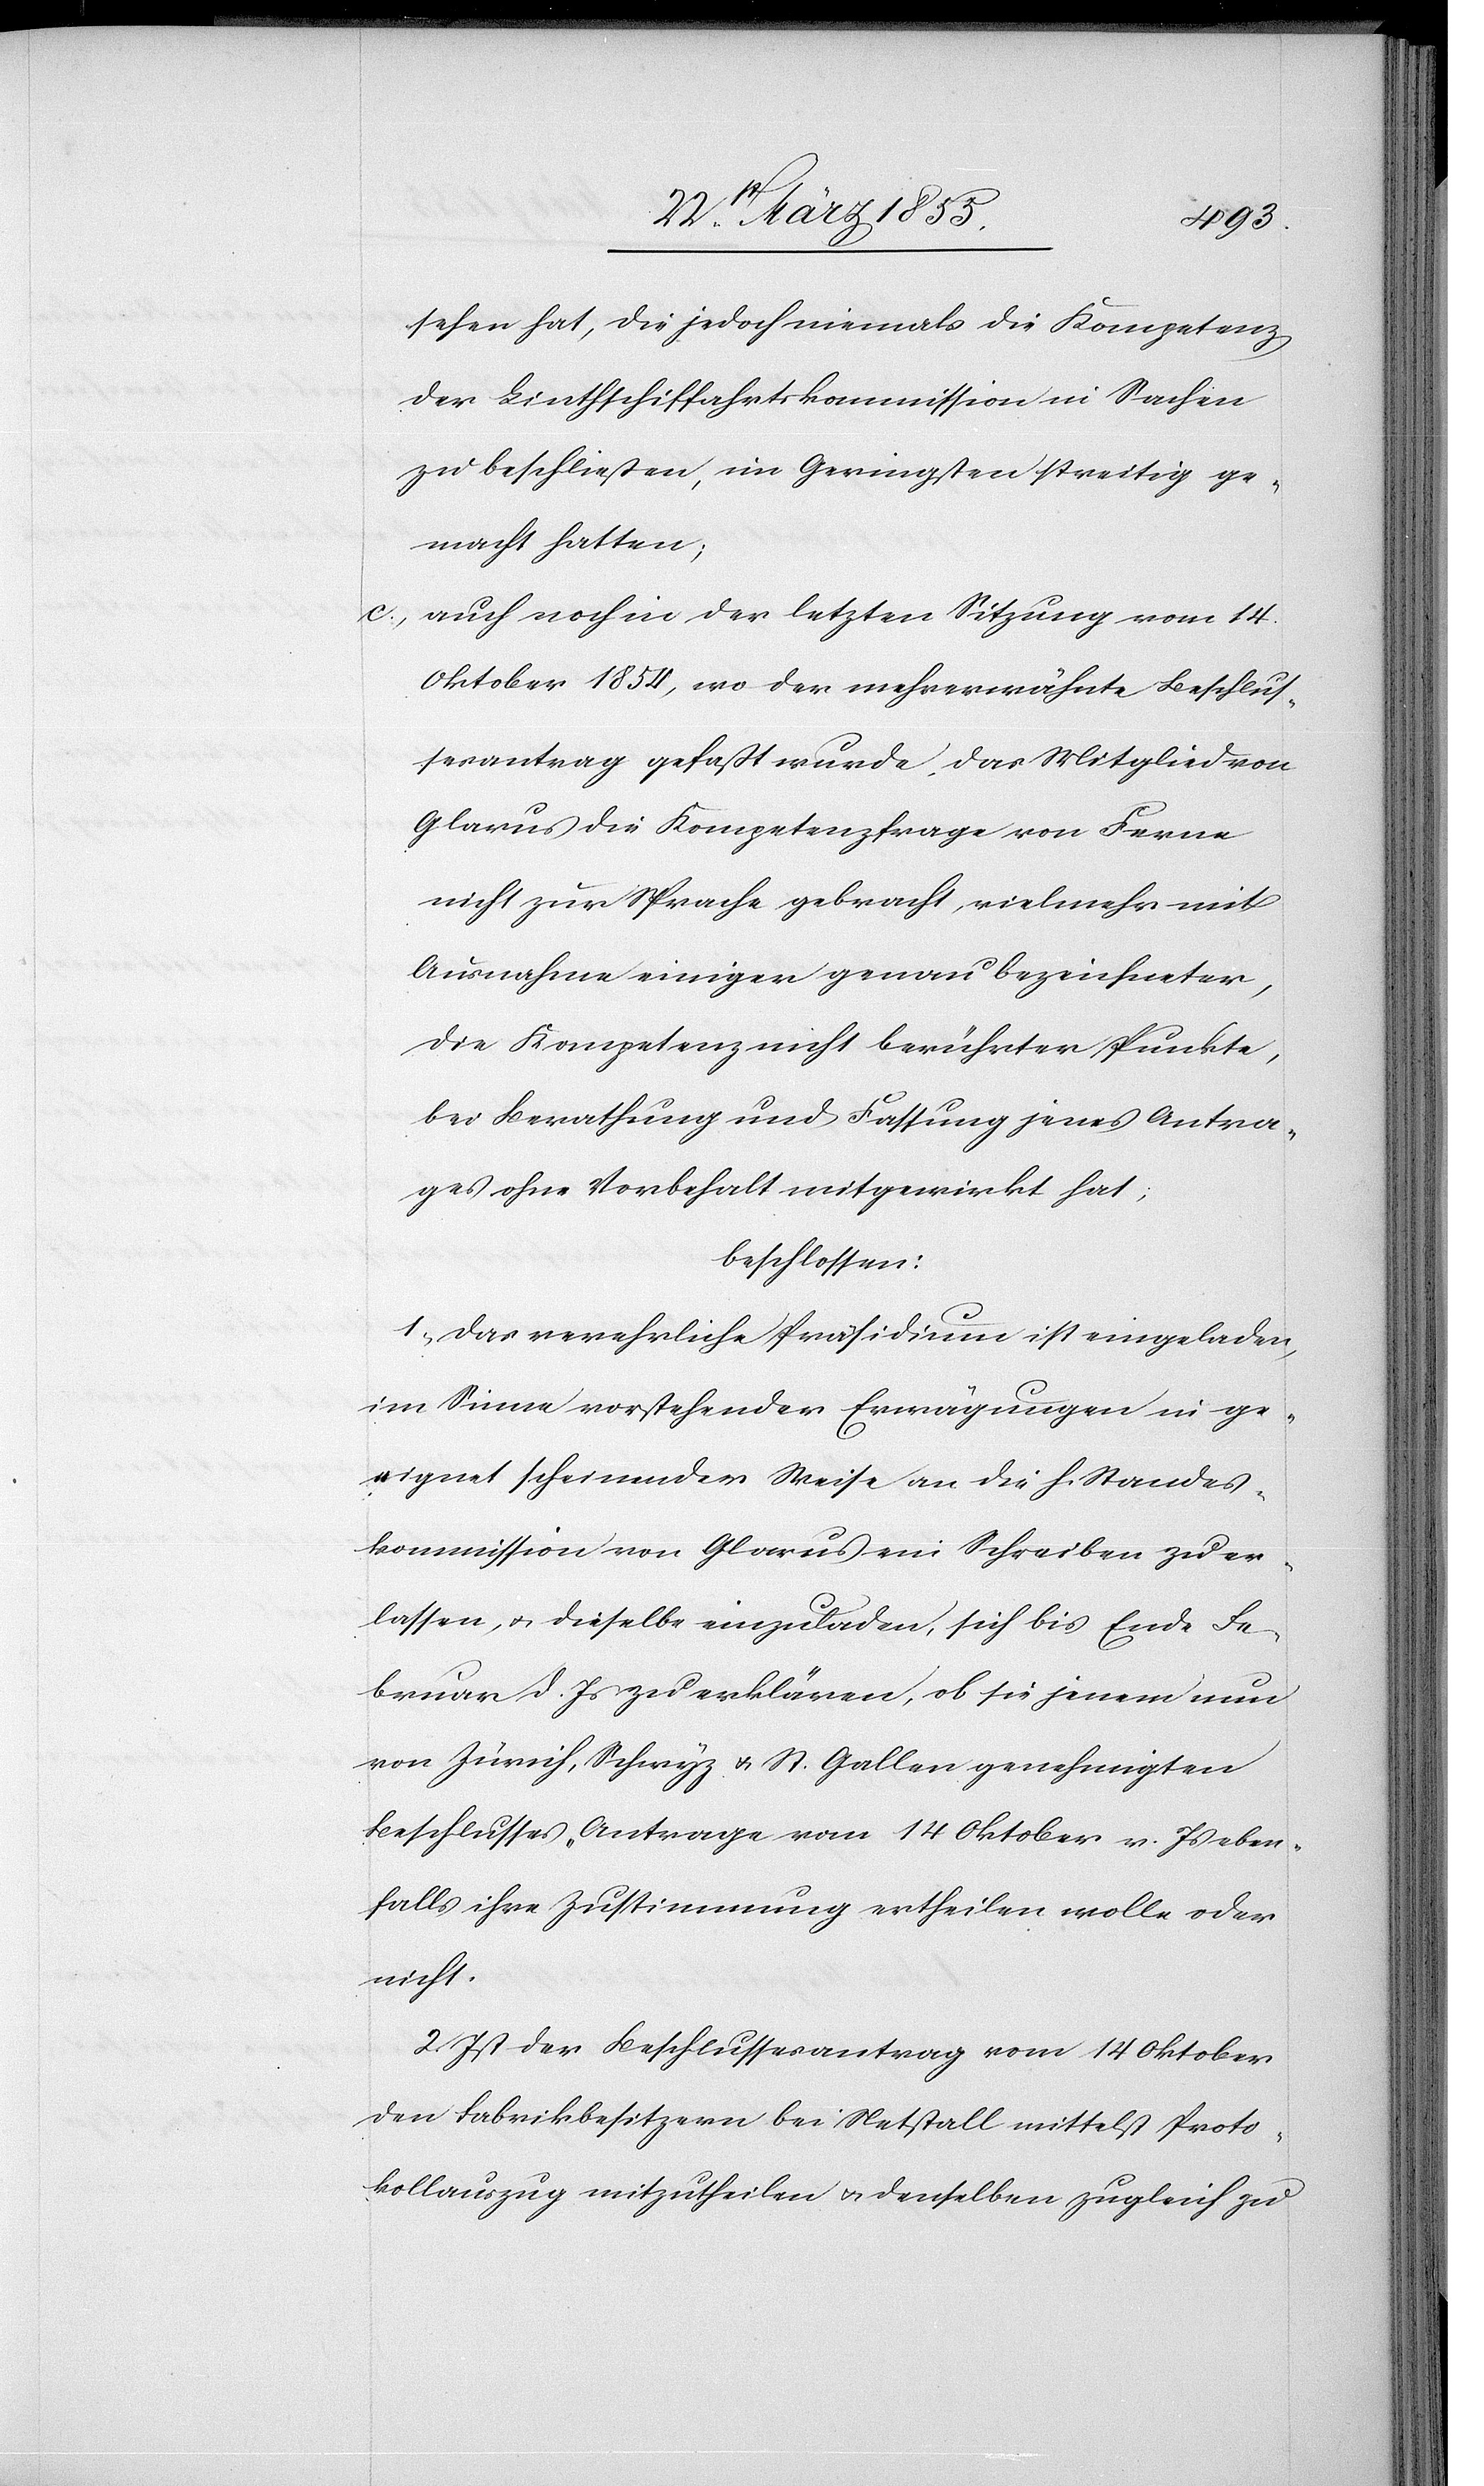
sehen hat, die jedoch niemals die Kompetenz
der Linthschiffahrtskommission in Sachen
zu beschließen, im Geringsten streitig ge¬
macht hatten;
auch noch in der letzten Sitzung vom 14.
Oktober 1854, wo der mehrerwähnte Beschlus¬
sesantrag gefaßt wurde, das Mitglied von
Glarus die Kompetenzfrage von Ferne
nicht zur Sprache gebracht, vielmehr mit
Ausnahme einiger genau bezeichneter,
die Kompetenz nicht berührter Punkte,
bei Berathung und Fassung jenes Antra¬
ges ohne Vorbehalt mitgewirkt hat,
beschlossen:
1, Das verehrliche Präsidium ist eingeladen,
im Sinne vorstehender Erwägungen in ge¬
eignet scheinender Weise an die h. Standes¬
kommission von Glarus ein Schreiben zu er¬
lassen, & dieselbe einzuladen, sich bis Ende Fe¬
bruar d. Js zu erklären, ob sie jenem nun
von Zürich, Schwyz & St. Gallen genehmigten
Beschlusses-Antrage vom 14 Oktober v. Js eben¬
falls ihre Zustimmung ertheilen wolle oder
nicht.
2. Ist der Beschlussesantrag vom 14 Oktober
den Fabrikbesitzern bei Netstall mittelst Proto¬
kollauszug mitzutheilen & denselben zugleich zu